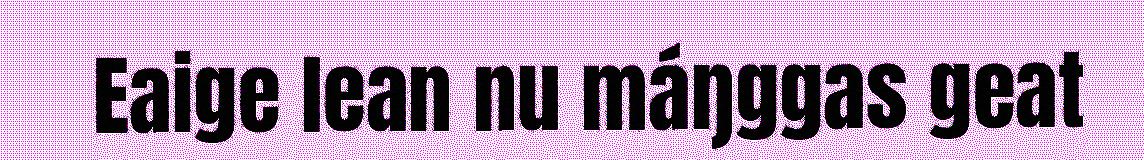
Eaige lean nu máŋggas geat